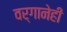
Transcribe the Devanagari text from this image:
वर्गानेही